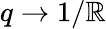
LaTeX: q\to1/\mathbb{R}